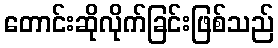
တောင်းဆိုလိုက်ခြင်းဖြစ်သည်